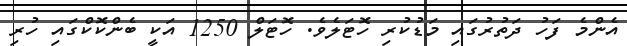
އެންމެ ފަހު ދަތުރުގައި މަޑުކުރި ހޮޓަލެވެ. ހޮޓަލް 1250 އަކީ ބެންކޮކްގައި ހުރި